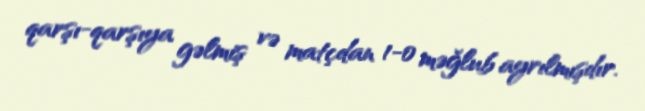
qarşı-qarşıya gəlmiş və matçdan 1-0 məğlub ayrılmışdır.